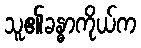
သူ၏ခန္ဓာကိုယ်က